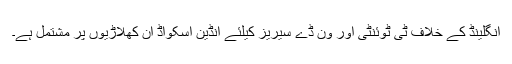
انگلینڈ کے خلاف ٹی ٹوئنٹی اور ون ڈے سیریز کیلئے انڈین اسکواڈ ان کھلاڑیوں پر مشتمل ہے۔